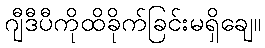
ဂျီဒီပီကိုထိခိုက်ခြင်းမရှိချေ။